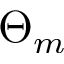
\Theta _ { m }